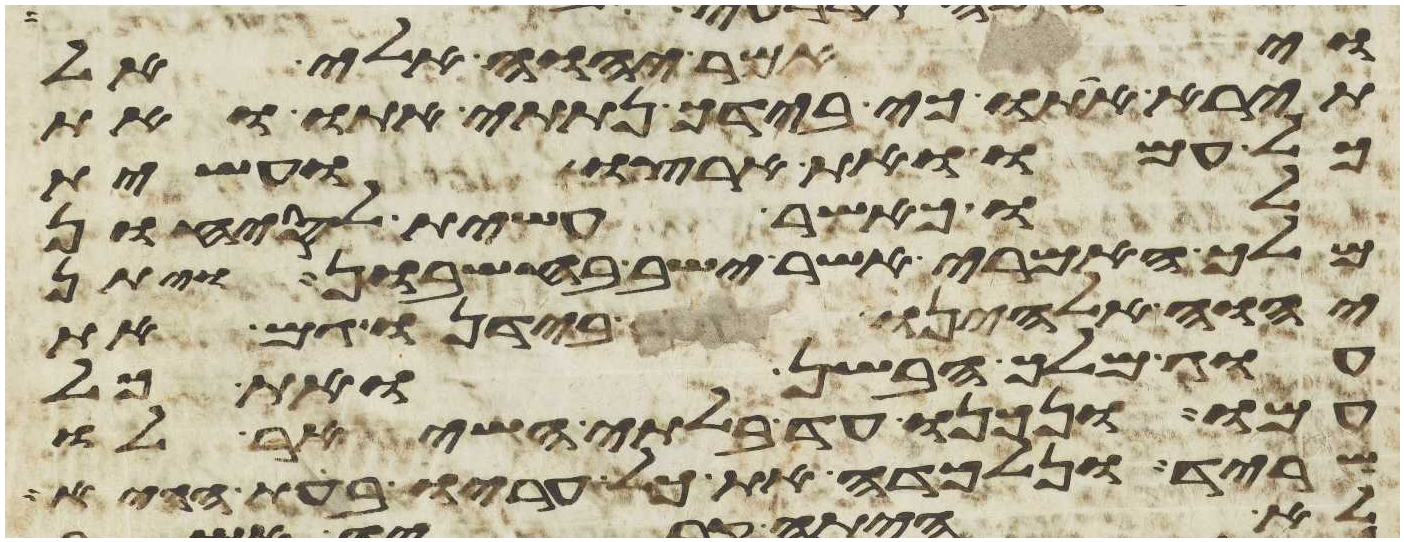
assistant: ויאמר יהוה אלי אל
תירא אתו כי בידך נתתי אתו ואת
כל עמו ואת ארצו ועשית
לו כאשר עשית לסיחון
מלך האמרי אשר ישב בחשבון ויתן
יהוה אלהינו בידנו גם את
עוג מלך הבשן ואת כל
עמו ונכנו עד בלתי השאיר לו
שריד ונלכדה את כל עריו בעת ההיא